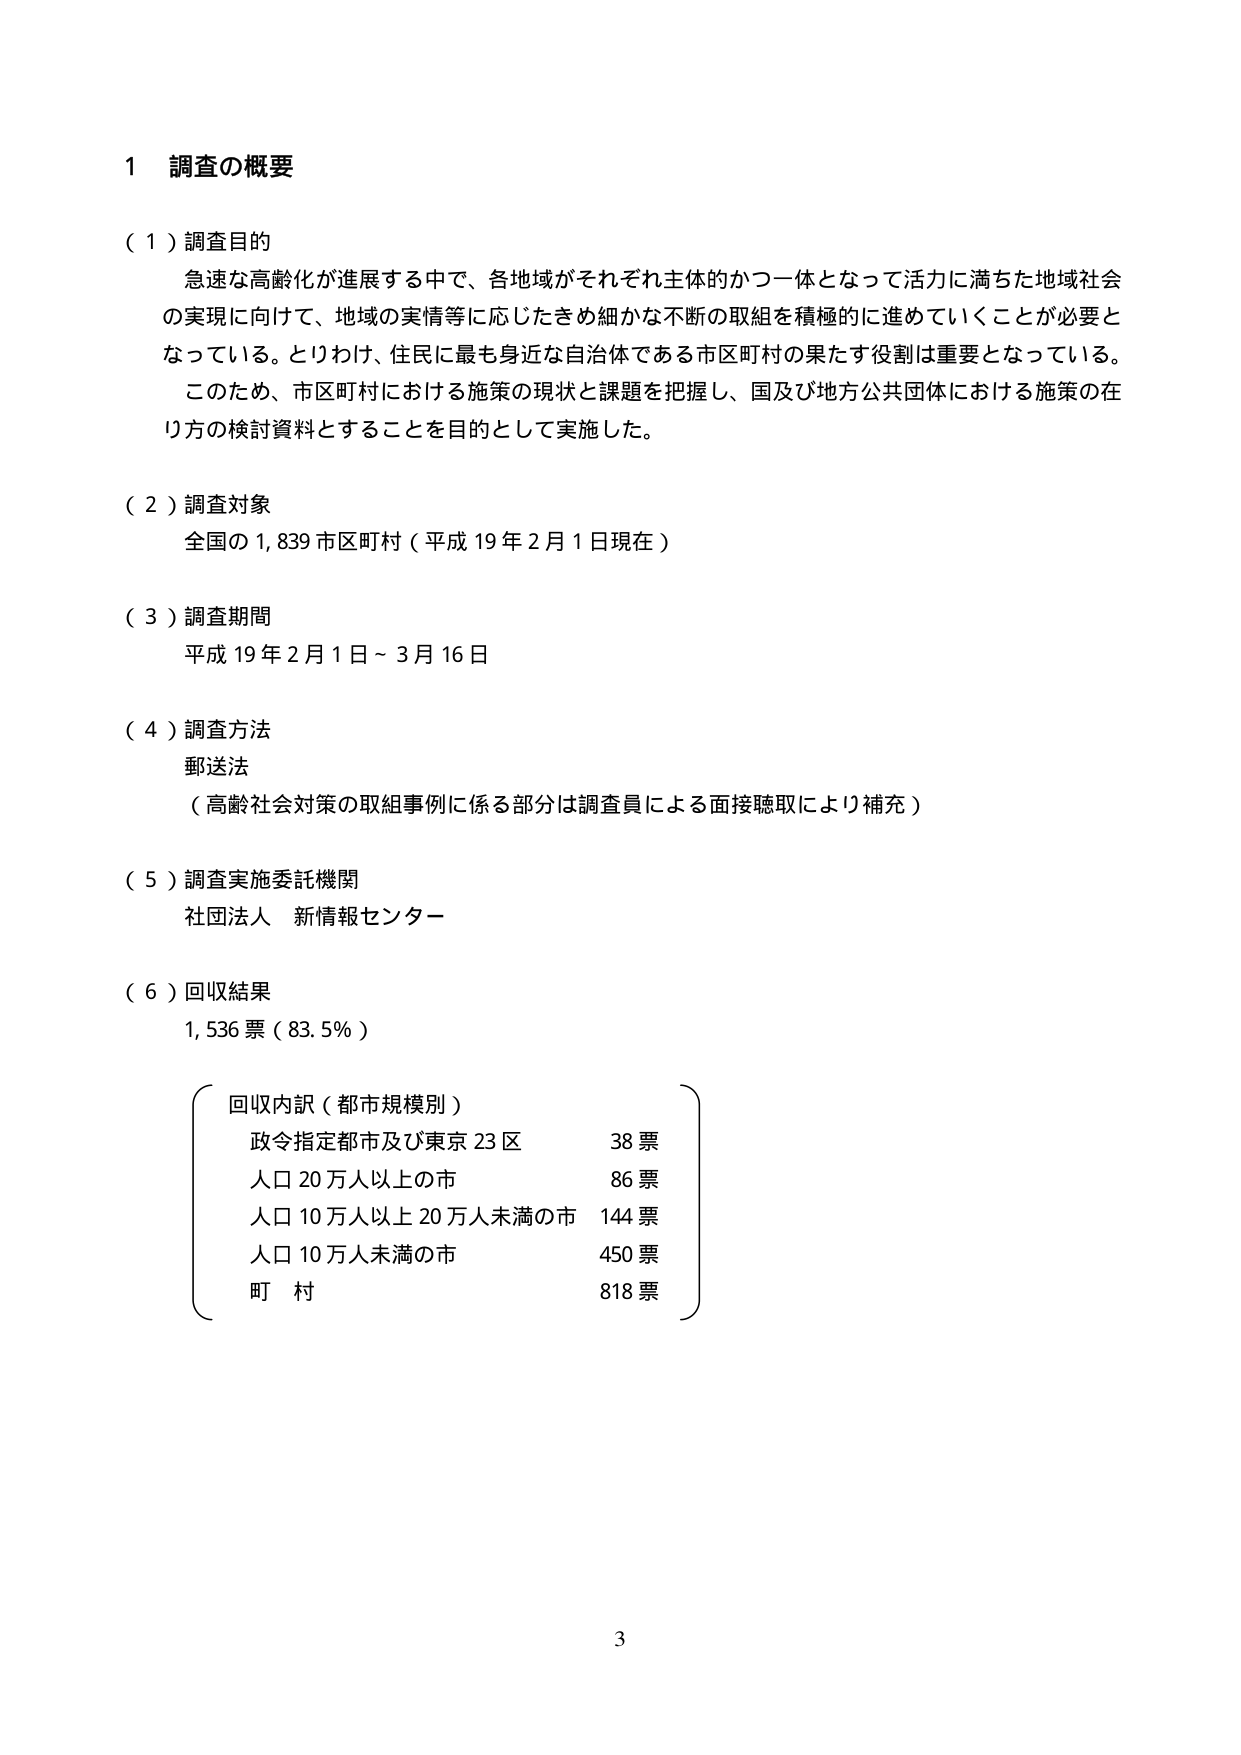
1 調査の概要

（１）調査目的
急速な高齢化が進展する中で、各地域がそれぞれ主体的かつ一体となって活力に満ちた地域社会の実現に向けて、地域の実情等に応じたきめ細かな不断の取組を積極的に進めていくことが必要となっている。とりわけ、住民に最も身近な自治体である市区町村の果たす役割は重要となっている。このため、市区町村における施策の現状と課題を把握し、国及び地方公共団体における施策の在り方の検討資料とすることを目的として実施した。

（２）調査対象
全国の1,839市区町村（平成19年2月1日現在）

（３）調査期間
平成19年2月1日～3月16日

（４）調査方法
郵送法
（高齢社会対策の取組事例に係る部分は調査員による面接聴取により補充）

（５）調査実施委託機関
社団法人 新情報センター

（６）回収結果
1,536票（83.5％）

回収内訳（都市規模別）
政令指定都市及び東京23区 38票
人口20万人以上の市 86票
人口10万人以上20万人未満の市 144票
人口10万人未満の市 450票
町 村 818票

3